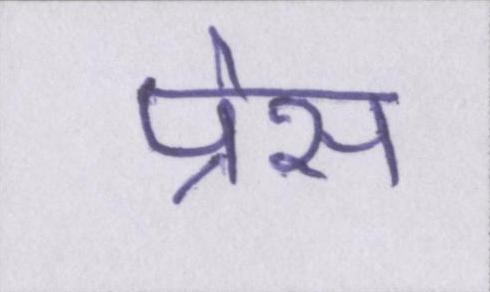
प्रेस